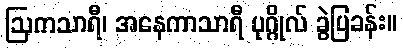
ဩကသာရီ၊ အနေကာသာရီ ပုဂ္ဂိုလ် ခွဲပြခန်း။